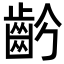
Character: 𪗣